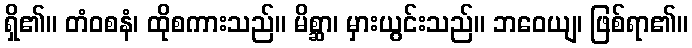
ရှိ၏။ တံဝစနံ၊ ထိုစကားသည်။ မိစ္ဆာ၊ မှားယွင်းသည်။ ဘဝေယျ၊ ဖြစ်ရာ၏။